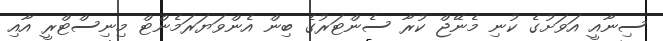
ސިނާއީ އަވަށުގެ ކުނި މެނޭޖް ކުރާ ސެންޓަރުގެ ބިން އެންވަޔަރަމެންޓް މިނިސްޓްރީ އާއި